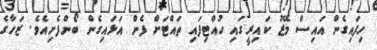
ހިފައިގެން އައިސް މޭޒު ކައިރީގައި ހުއްޓިފައި ތައްޓަށް ފެން އަޅައިގެން ބޯންފެށިއެވެ. ޒަހާގެ